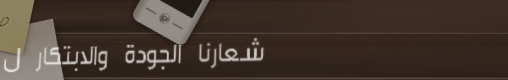
شعارنا الجودة والابتكار ل